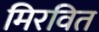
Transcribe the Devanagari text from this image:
मिरवित